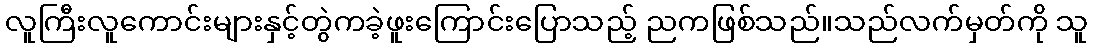
လူကြီးလူကောင်းများနှင့်တွဲကခဲ့ဖူးကြောင်းပြောသည့် ညကဖြစ်သည်။သည်လက်မှတ်ကို သူ